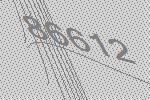
86612